Burma Government Medical School reports 1923-41
Year: 1923
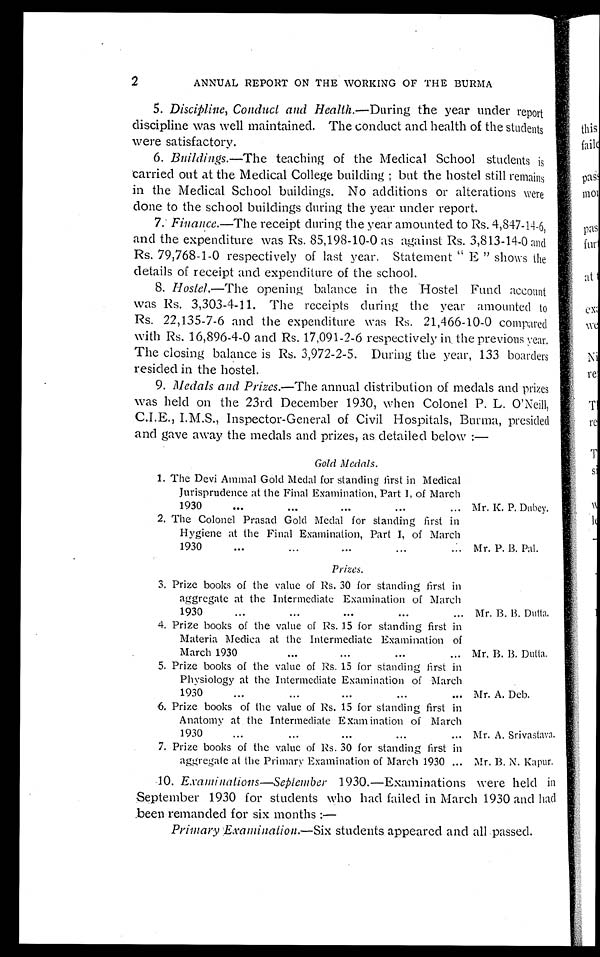
2
ANNUAL REPORT ON THE WORKING OF THE BURMA
5. Discipline, Conduct and Health.—During the year under report
discipline was well maintained. The conduct and health of the students
were satisfactory.
6. Buildings .—The teaching of the Medical School students is
carried out at the Medical College building ; but the hostel still remains
in the Medical School buildings. No additions or alterations were
d o n e t o t h e s c h o o l b u i l d i n g s d u r i n g t h e y e a r u n d e r r e p o r t .
7. Finance .—The receipt during the year amounted to Rs. 4,847-14-6,
and the expenditure was Rs. 85,198-10-0 as against Rs. 3,813-14-0 and
Rs. 79,768-1-0 respectively of last year. Statement "E" shows the
details of receipt and expenditure of the school.
8. Hostel .—The opening balance in the Hostel Fund account
was Rs. 3,303-4-11. The receipts during the year amounted to
Rs. 22,135-7-6 and the expenditure was Rs. 21,466-10-0 compared
with Rs. 16,896-4-0 and Rs. 17,091-2-6 respectively in the previous year.
The closing balance is Rs. 3,972-2-5. During the year, 133 boarders
resided in the hostel.
9. Medals and Prizes .—The annual distribution of medals and prizes
was held on the 23rd December 1930, when Colonel P. L. O'Neill,
C.I.E., I.M.S., Inspector-General of Civil Hospitals, Burma, presided
and gave away the medals and prizes, as detailed below:—
Gold Medals.
1. The Devi Ammal Gold Medal for standing first in Medical
Jurisprudence at the Final Examination, Part I, of March
1930 . . .
Mr. K. P. Dubey.
2. The Colonel Prasad Gold Medal for standing first in
Hygiene at the Final Examination, Part I, of March
1930
.
.
. Mr. P. B. Pal.
Prizes.
3. Prize books of the value of Rs. 30 for standing first in
aggregate at the Intermediate Examination of March
1930
.
.
. Mr. B. B. Dutta.
4. Prize books of the value of Rs. 15 for standing first in
Materia Medica at the Intermediate Examination of
March 1930 . . . Mr. B. B. Dutta.
5. Prize books of the value of Rs. 15 for standing first in
Physiology at the Intermediate Examination of March
1 9 3 0 . . . Mr. A. Deb.
6. Prize books of the value of Rs. 15 for standing first in
Anatomy at the Intermediate Examination of March
1 9 3 0 . . . Mr. A. Srivastava.
7. Prize books of the value of Rs. 30 for standing first in
aggregate at the Primary Examination of March 1930 . . . Mr. B. N . Kapur.
10 . Examinations—September 1930.—Examinations were held in
September 1930 for students who had failed in March 1930 and had
been remanded for six months:—
Primary Examination.-- Six students appeared and all passed.